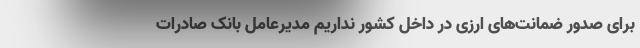
برای صدور ضمانت‌های ارزی در داخل کشور نداریم مدیرعامل بانک صادرات